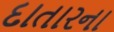
દાતારના